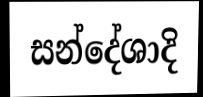
සන්දේශාදි